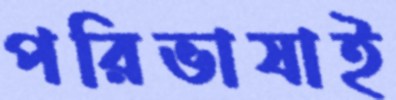
পরিভাষাই